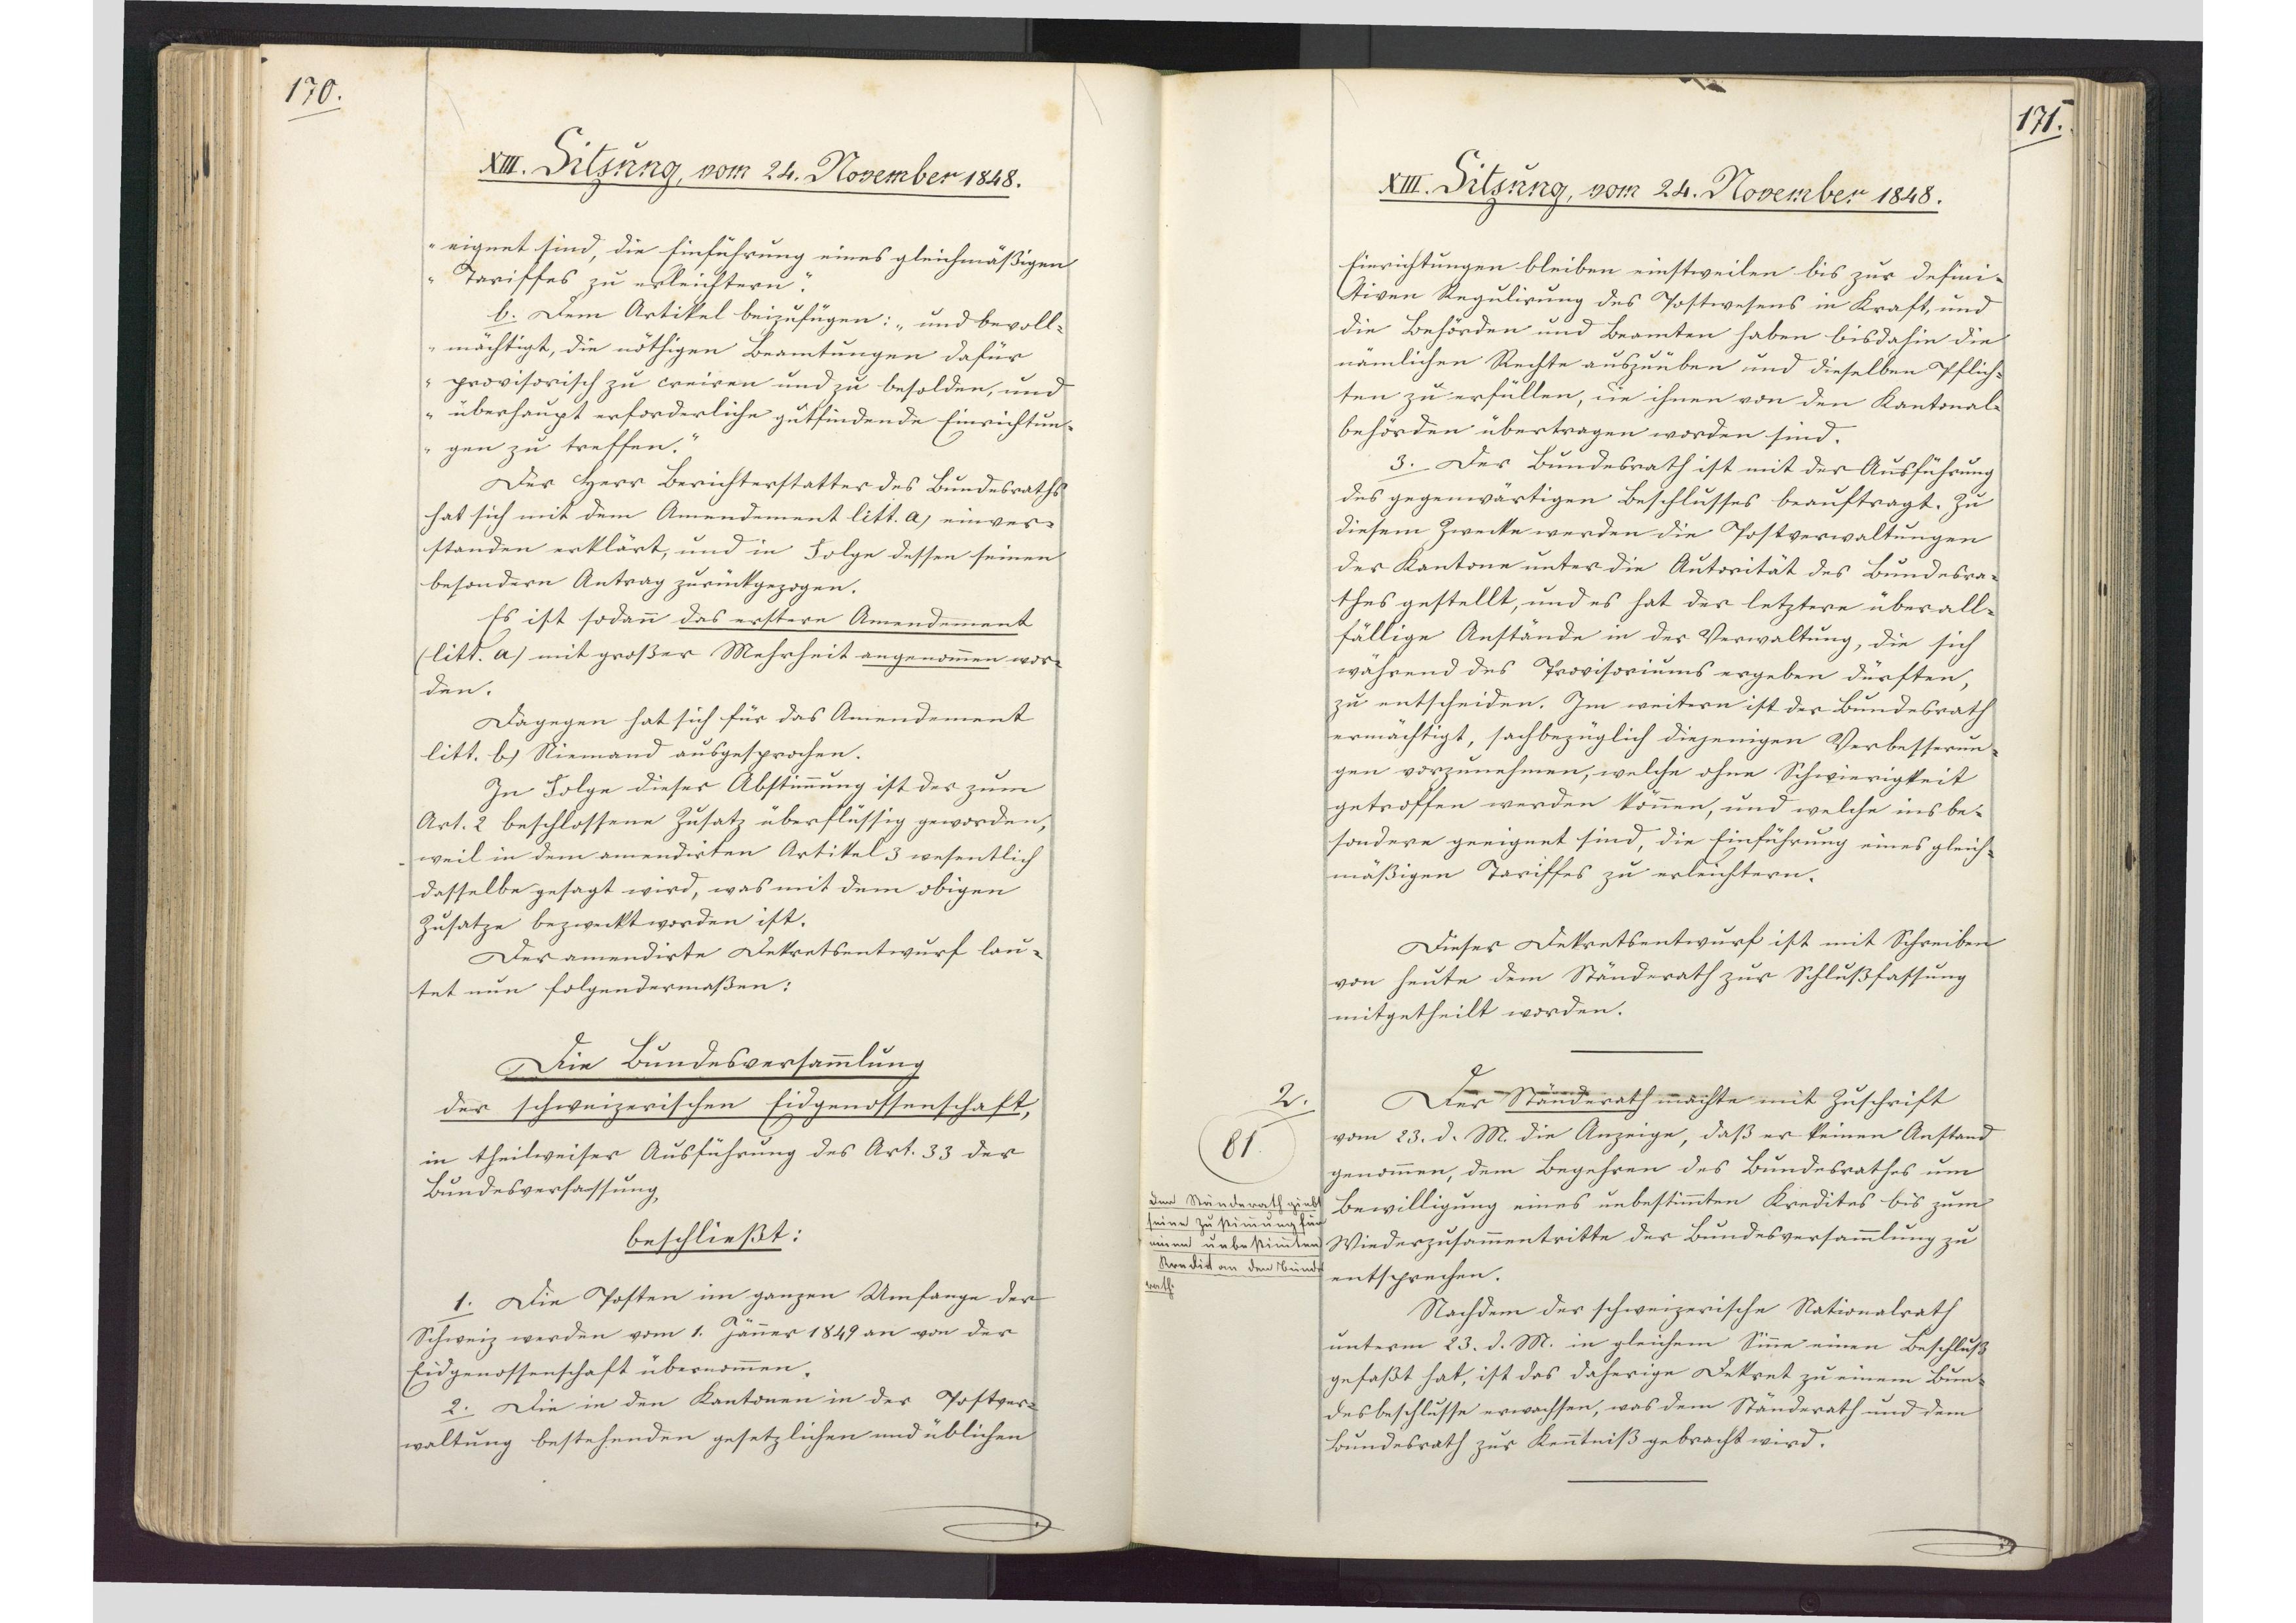
170.

XIII. Sitzung, vom 24. November 1848.

eignet sind, die Einführung eines gleichmäßigen
Tariffes zu erleichtern."
b. Dem Artikel beizufügen: "und bevoll¬
mächtigt, die nöthigen Beamtungen dafür
provisorisch zu creiren und zu besolden, und
überhaupt erforderliche gutfindende Einrichtun¬
gen zu treffen."
Der Herr Berichterstatter des Bundesraths
hat sich mit dem Amendement litt. a) einver¬
standen erklärt, und in Folge dessen seinen
besondern Antrag zurückgezogen.
Es ist sodann das erstere Amendement
(litt a) mit großer Mehrheit angenommen wor¬
den.
Dagegen hat sich für das Amendement
litt. b) Niemand ausgesprochen.
In Folge dieser Abstimmung ist der zum
Art. 2 beschlossene Zusatz überflüssig geworden,
weil in dem amendirten Artikel 3 wesentlich
dasselbe gesagt wird, was mit dem obigen
Zusatze bezweckt worden ist.
Der amendirte Dekretsentwurf lau¬
tet nun folgendermaßen:
Die Bundesversammlung
der schweizerischen Eidgenossenschaft,
in theilweiser Ausführung des Art. 33 der
Bundesverfassung,
beschließt:
1. Die Posten im ganzen Umfange der
Schweiz werden vom 1. Jänner 1849 an von der
Eidgenossenschaft übernommen.
2. Die in den Kantonen in der Postver¬
waltung bestehenden gesetzlichen und üblichen

171.

XIII. Sitzung, vom 24. November 1848.

Einrichtungen bleiben einstweilen bis zur defini¬
tiven Regulirung des Postwesens in Kraft, und
die Behörden und Beamten haben bisdahin die
nämlichen Rechte auszuüben und dieselben Pflich¬
ten zu erfüllen, die ihnen von den Kantonal¬
behörden übertragen worden sind.
3. Der Bundesrath ist mit der Ausführung
des gegenwärtigen Beschlusses beauftragt. Zu
diesem Zwecke werden die Postverwaltungen
der Kantone unter die Autorität des Bundesra¬
thes gestellt, und es hat der letztere über all¬
fällige Anstände in der Verwaltung, die sich
während des Provisoriums ergeben dürften,
zu entscheiden. Im weitern ist der Bundesrath
ermächtigt, sachbezüglich diejenigen Verbesserun¬
gen vorznnehmen, welche ohne Schwierigkeit
getroffen werden können, und welche insbe¬
sondere geeignet sind, die Einführung eines gleich¬
mäßigen Tariffes zu erleichtern.
Dieser Dekretsentwurf ist mit Schreiben
von heute dem Ständerath zur Schlußfassung
mitgetheilt worden.
Der Ständerath machte mit Zuschrift
vom 23. d. M. die Anzeige, daß er keinen Anstand
genommen, dem Begehren des Bundesrathes um
Bewilligung eines unbestimmten Kredites bis zum
Wiederzusammentritte der Bundesversammlung zu
entsprechen.
Nachdem der schweizerische Nationalrath
unterm 23. d. M. in gleichem Sinne einen Beschluß
gefaßt hat, ist das daherige Dekret zu einem Bun¬
desbeschlusse erwachsen, was dem Ständerath und dem
Bundesrath zur Kenntniß gebracht wird.

2.
81
Der Ständerath giebt
seine Zustimmung für
einen unbestimmten
Kredit an den Bundes¬
rath.